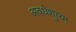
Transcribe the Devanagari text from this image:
अवधेश्पुरम